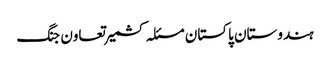
ہندوستان پاکستان مسئلہ کشمیر تعاون جنگ